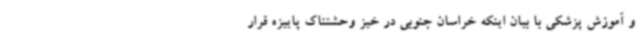
و آموزش پزشکی با بیان اینکه خراسان جنوبی در خیز وحشتناک پاییزه قرار